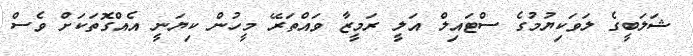
ޝަލަބީގެ ލަވަކިޔުމުގެ ސްޓައިލް އަލީ ރަމީޒާ ވައްތަރޭ މީހުން ކިޔަނީ އެއްގޮތަކަށް ވެސް